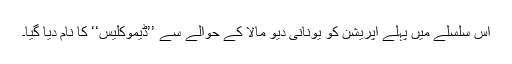
اس سلسلے میں پہلے آپریشن کو یونانی دیو مالا کے حوالے سے ’’ڈیموکلیس‘‘ کا نام دیا گیا۔